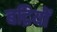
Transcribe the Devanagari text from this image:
बद्रियों